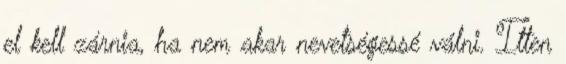
el kell zárnia, ha nem akar nevetségessé válni. Itten